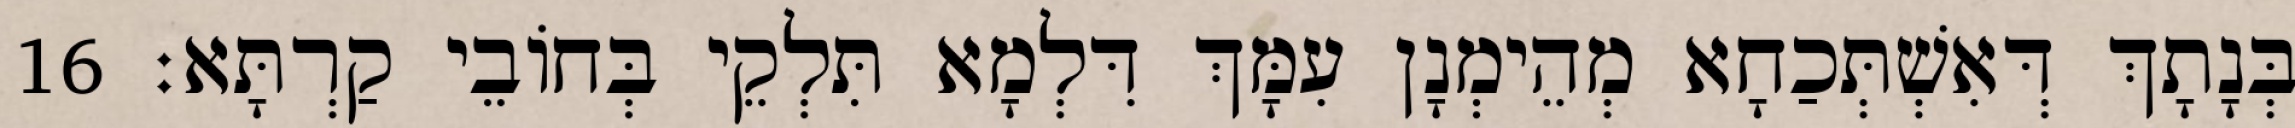
בְּנָתָךְ דְּאִשְׁתְּכַחָא מְהֵימְנָן עִמָּךְ דִּלְמָא תִּלְקֵי בְּחוֹבֵי קַרְתָּא׃ 16